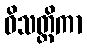
ဝိသတ္တိကာ